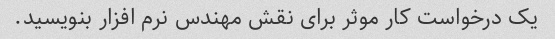
یک درخواست کار موثر برای نقش مهندس نرم افزار بنویسید.